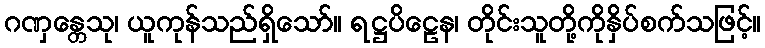
ဂဏှန္တေသု၊ ယူကုန်သည်ရှိသော်။ ရဋ္ဌပိဠေန၊ တိုင်းသူတို့ကိုနှိပ်စက်သဖြင့်။